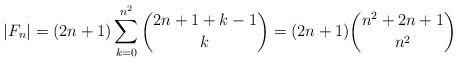
\begin{align*}|F_n|= (2n+1)\sum_{k=0}^{n^2}\binom{2n+1+k-1}{k}=(2n+1)\binom{n^2+2n+1}{n^2}\end{align*}